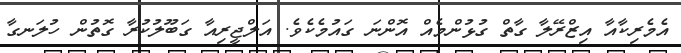
އެމެރިކާއާ އިޒްރޭލާ ގާތް ގުޅުންމެއް އޮންނަ ގައުމެކެވެ. އަލްޖީރިއާ ގަބޫލުކުރާ ގޮތުން ހުލަނގާ